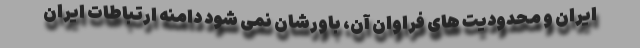
ایران و محدودیت های فراوان آن، باورشان نمی شود دامنه ارتباطات ایران